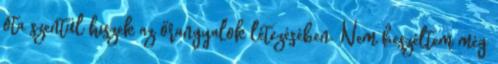
óta szentül hiszek az őrangyalok létezésében. Nem beszéltem még